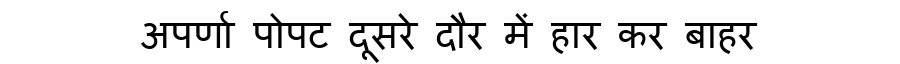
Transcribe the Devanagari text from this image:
अपर्णा पोपट दूसरे दौर में हार कर बाहर